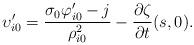
LaTeX: \begin{align*} \upsilon_{i0}^\prime=\frac{\sigma_0\varphi_{i0}^\prime-j}{\rho_{i0}^2}-\frac{\partial \zeta}{\partial t}(s,0).\end{align*}